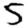
Digit: 5